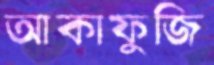
আকাফুজি